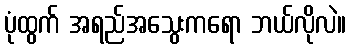
ပုံထွက် အရည်အသွေးကရော ဘယ်လိုလဲ။